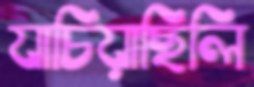
যাচিয়াছিলি